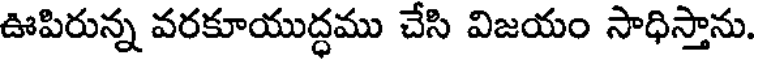
ఊపిరున్న వరకూయుద్ధము చేసి విజయం సాధిస్తాను.